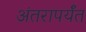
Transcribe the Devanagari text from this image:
अंतरापर्यँत